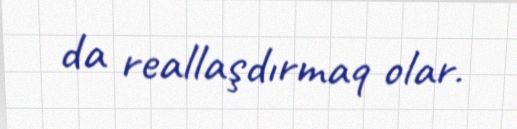
da reallaşdırmaq olar.